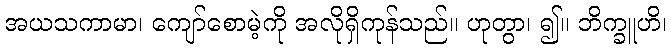
အယသကာမာ၊ ကျော်စောမဲ့ကို အလိုရှိကုန်သည်။ ဟုတွာ၊ ၍။ ဘိက္ခူဟိ၊